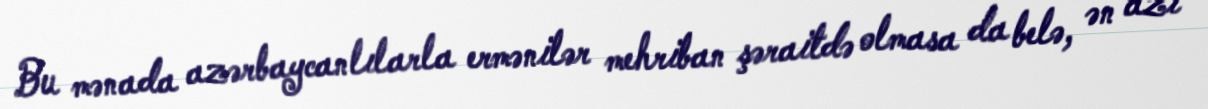
Bu mənada azərbaycanlılarla ermənilər mehriban şəraitdə olmasa da belə, ən azı